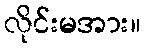
လိုင်းမအား။